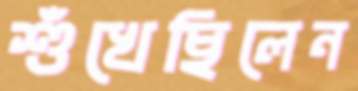
শুঁখেছিলেন